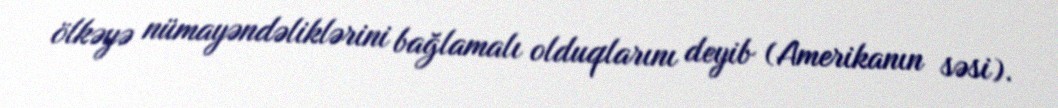
ölkəyə nümayəndəliklərini bağlamalı olduqlarını deyib (Amerikanın səsi).